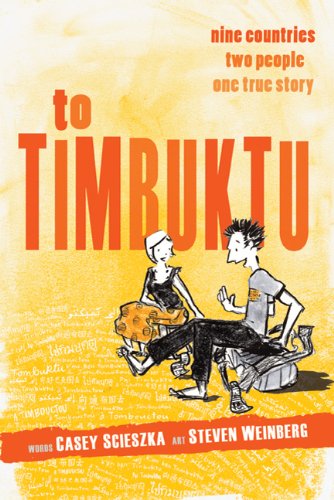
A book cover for To Timbuktu: Nine Countries, Two People, One True Story; Casey Scieszka; Teen & Young Adult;